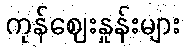
ကုန်ဈေးနှုန်းများ